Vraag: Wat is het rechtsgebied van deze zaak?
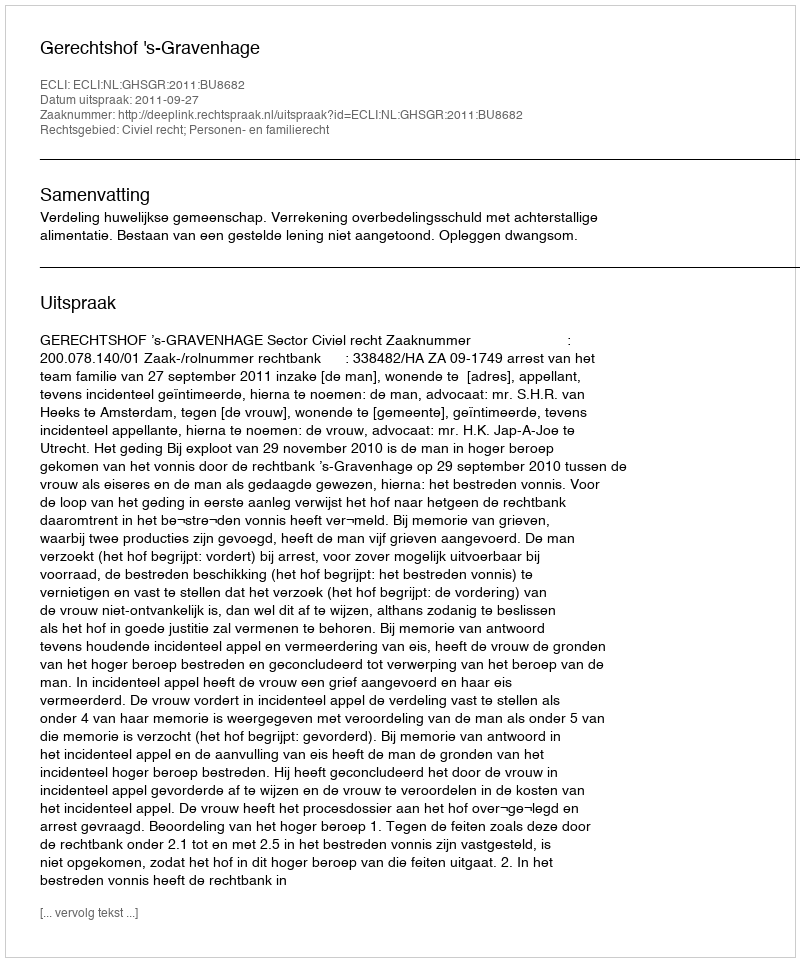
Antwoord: Civiel recht; Personen- en familierecht